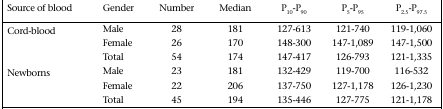
| Source of blood | Gender | Number | Median | P10-P90 | P5-P95 | P2.5-P97.5 |
 | --- | --- | --- | --- | --- | --- | --- |
 | Cord-blood | Male | 28 | 181 | 127-613 | 121-740 | 119-1,060 |
 |  | Female | 26 | 170 | 148-300 | 147-1,089 | 147-1,500 |
 |  | Total | 54 | 174 | 147-417 | 126-793 | 121-1,335 |
 | Newborns | Male | 23 | 181 | 132-429 | 119-700 | 116-532 |
 |  | Female | 22 | 206 | 137-750 | 127-1,178 | 126-1,230 |
 |  | Total | 45 | 194 | 135-446 | 127-775 | 121-1,178 |